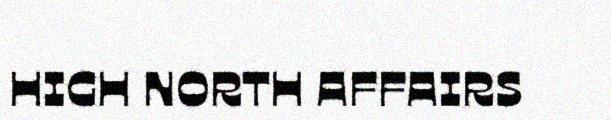
HIGH NORTH AFFAIRS